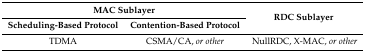
| <COLSPAN=2> MAC Sublayer | <ROWSPAN=2> RDC Sublayer |
 | Scheduling-Based Protocol | Contention-Based Protocol |
 | --- | --- | --- |
 | TDMA | CSMA/CA, or other | NullRDC, X-MAC, or other |